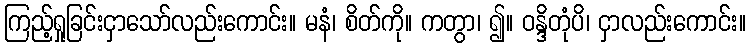
ကြည့်ရှုခြင်းငှာသော်လည်းကောင်း။ မနံ၊ စိတ်ကို။ ကတွာ၊ ၍။ ဝန္ဒိတုံပိ၊ ငှာလည်းကောင်း။